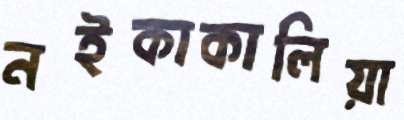
নইকাকালিয়া